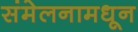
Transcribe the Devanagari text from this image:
संमेलनामधून